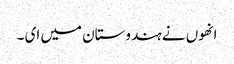
انھوں نے ہندوستان میں ای ۔